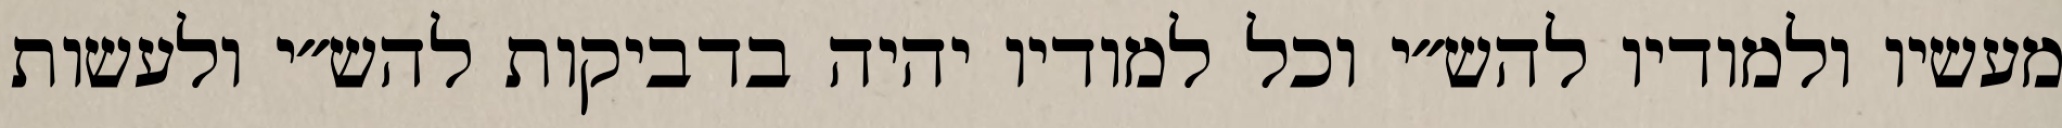
מעשיו ולמודיו להש״י וכל למודיו יהיה בדביקות להש״י ולעשות